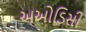
અઓડિસી